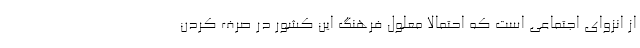
از انزوای اجتماعی است که احتمالا معلول فرهنگ این کشور در صرف کردن